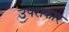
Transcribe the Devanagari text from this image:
उपराकार